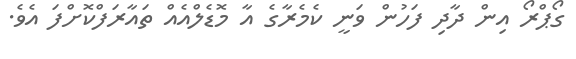
ގޯޕްރޯ އިން ދާދި ފަހުން ވަނީ ކެމެރާގެ އާ މޮޑެލްއެއް ތައާރަފްކޮށްފަ އެވެ.